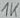
Text: 1K